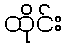
ထိုင်း